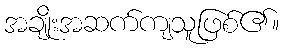
အချိုးအဆက်ကျသူဖြစ်၏။